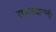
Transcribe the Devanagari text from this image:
सदस्यान्नी